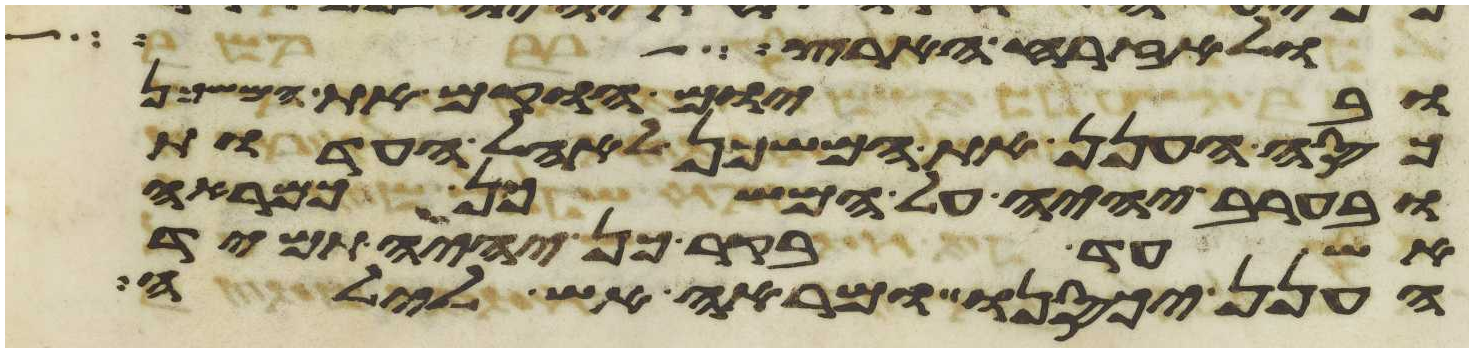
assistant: ולאזרח הארץ
וביום הוקם את המשכן
כסה הענן את המשכן לאהל העדות
ובערב יהיה על המשכן כמראה
אש עד בקר כן יהיה תמיד
הענן יכסנו ומראה אש לילה